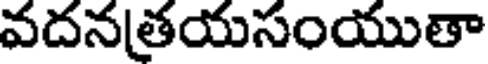
వదనతయసంయుతా